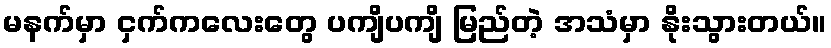
မနက်မှာ ငှက်ကလေးတွေ ပကျိပကျိ မြည်တဲ့ အသံမှာ နိုးသွားတယ်။